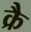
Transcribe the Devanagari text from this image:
क्रै